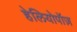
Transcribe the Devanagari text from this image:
हेलियोपॉज़